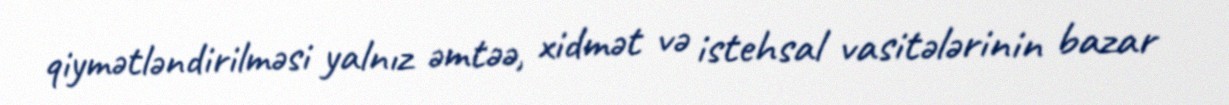
qiymətləndirilməsi yalnız əmtəə, xidmət və istehsal vasitələrinin bazar